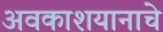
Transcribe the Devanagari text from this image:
अवकाशयानाचे